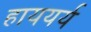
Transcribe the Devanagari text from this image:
हाययर्य